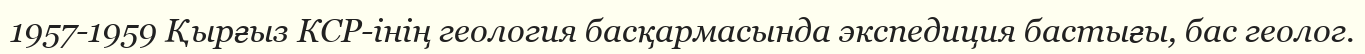
1957-1959 Қырғыз КСР-інің геология басқармасында экспедиция бастығы, бас геолог.